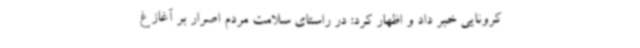
کرونایی خبر داد و اظهار کرد: در راستای سلامت مردم اصرار بر آغاز غ